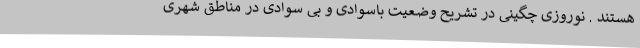
هستند . نوروزی چگینی در تشریح وضعیت باسوادی و بی سوادی در مناطق شهری